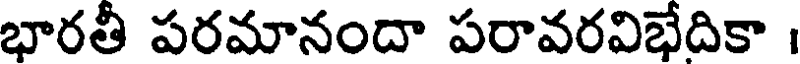
భారతీ పరమానందా పరావరవిభేదికా